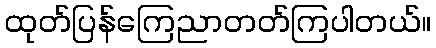
ထုတ်ပြန်ကြေညာတတ်ကြပါတယ်။